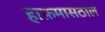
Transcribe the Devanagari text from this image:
हाफ़मासठाल